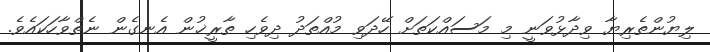
ލިޔުންތެރިޔާ ވިދާޅުވަނީ މި މަސައްކަތަށް ހޭދަވި މުއްތަދު ދިވެހި ތާރީޚުން އެނގެން ނެތްވާހަކައެވެ.